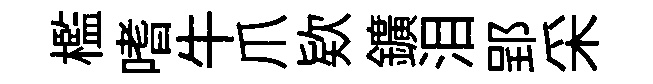
檻嗜牛爪欵鑛泪郢采